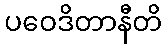
ပဝေဒိတာနီတိ